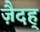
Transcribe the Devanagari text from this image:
ज़ैदह्